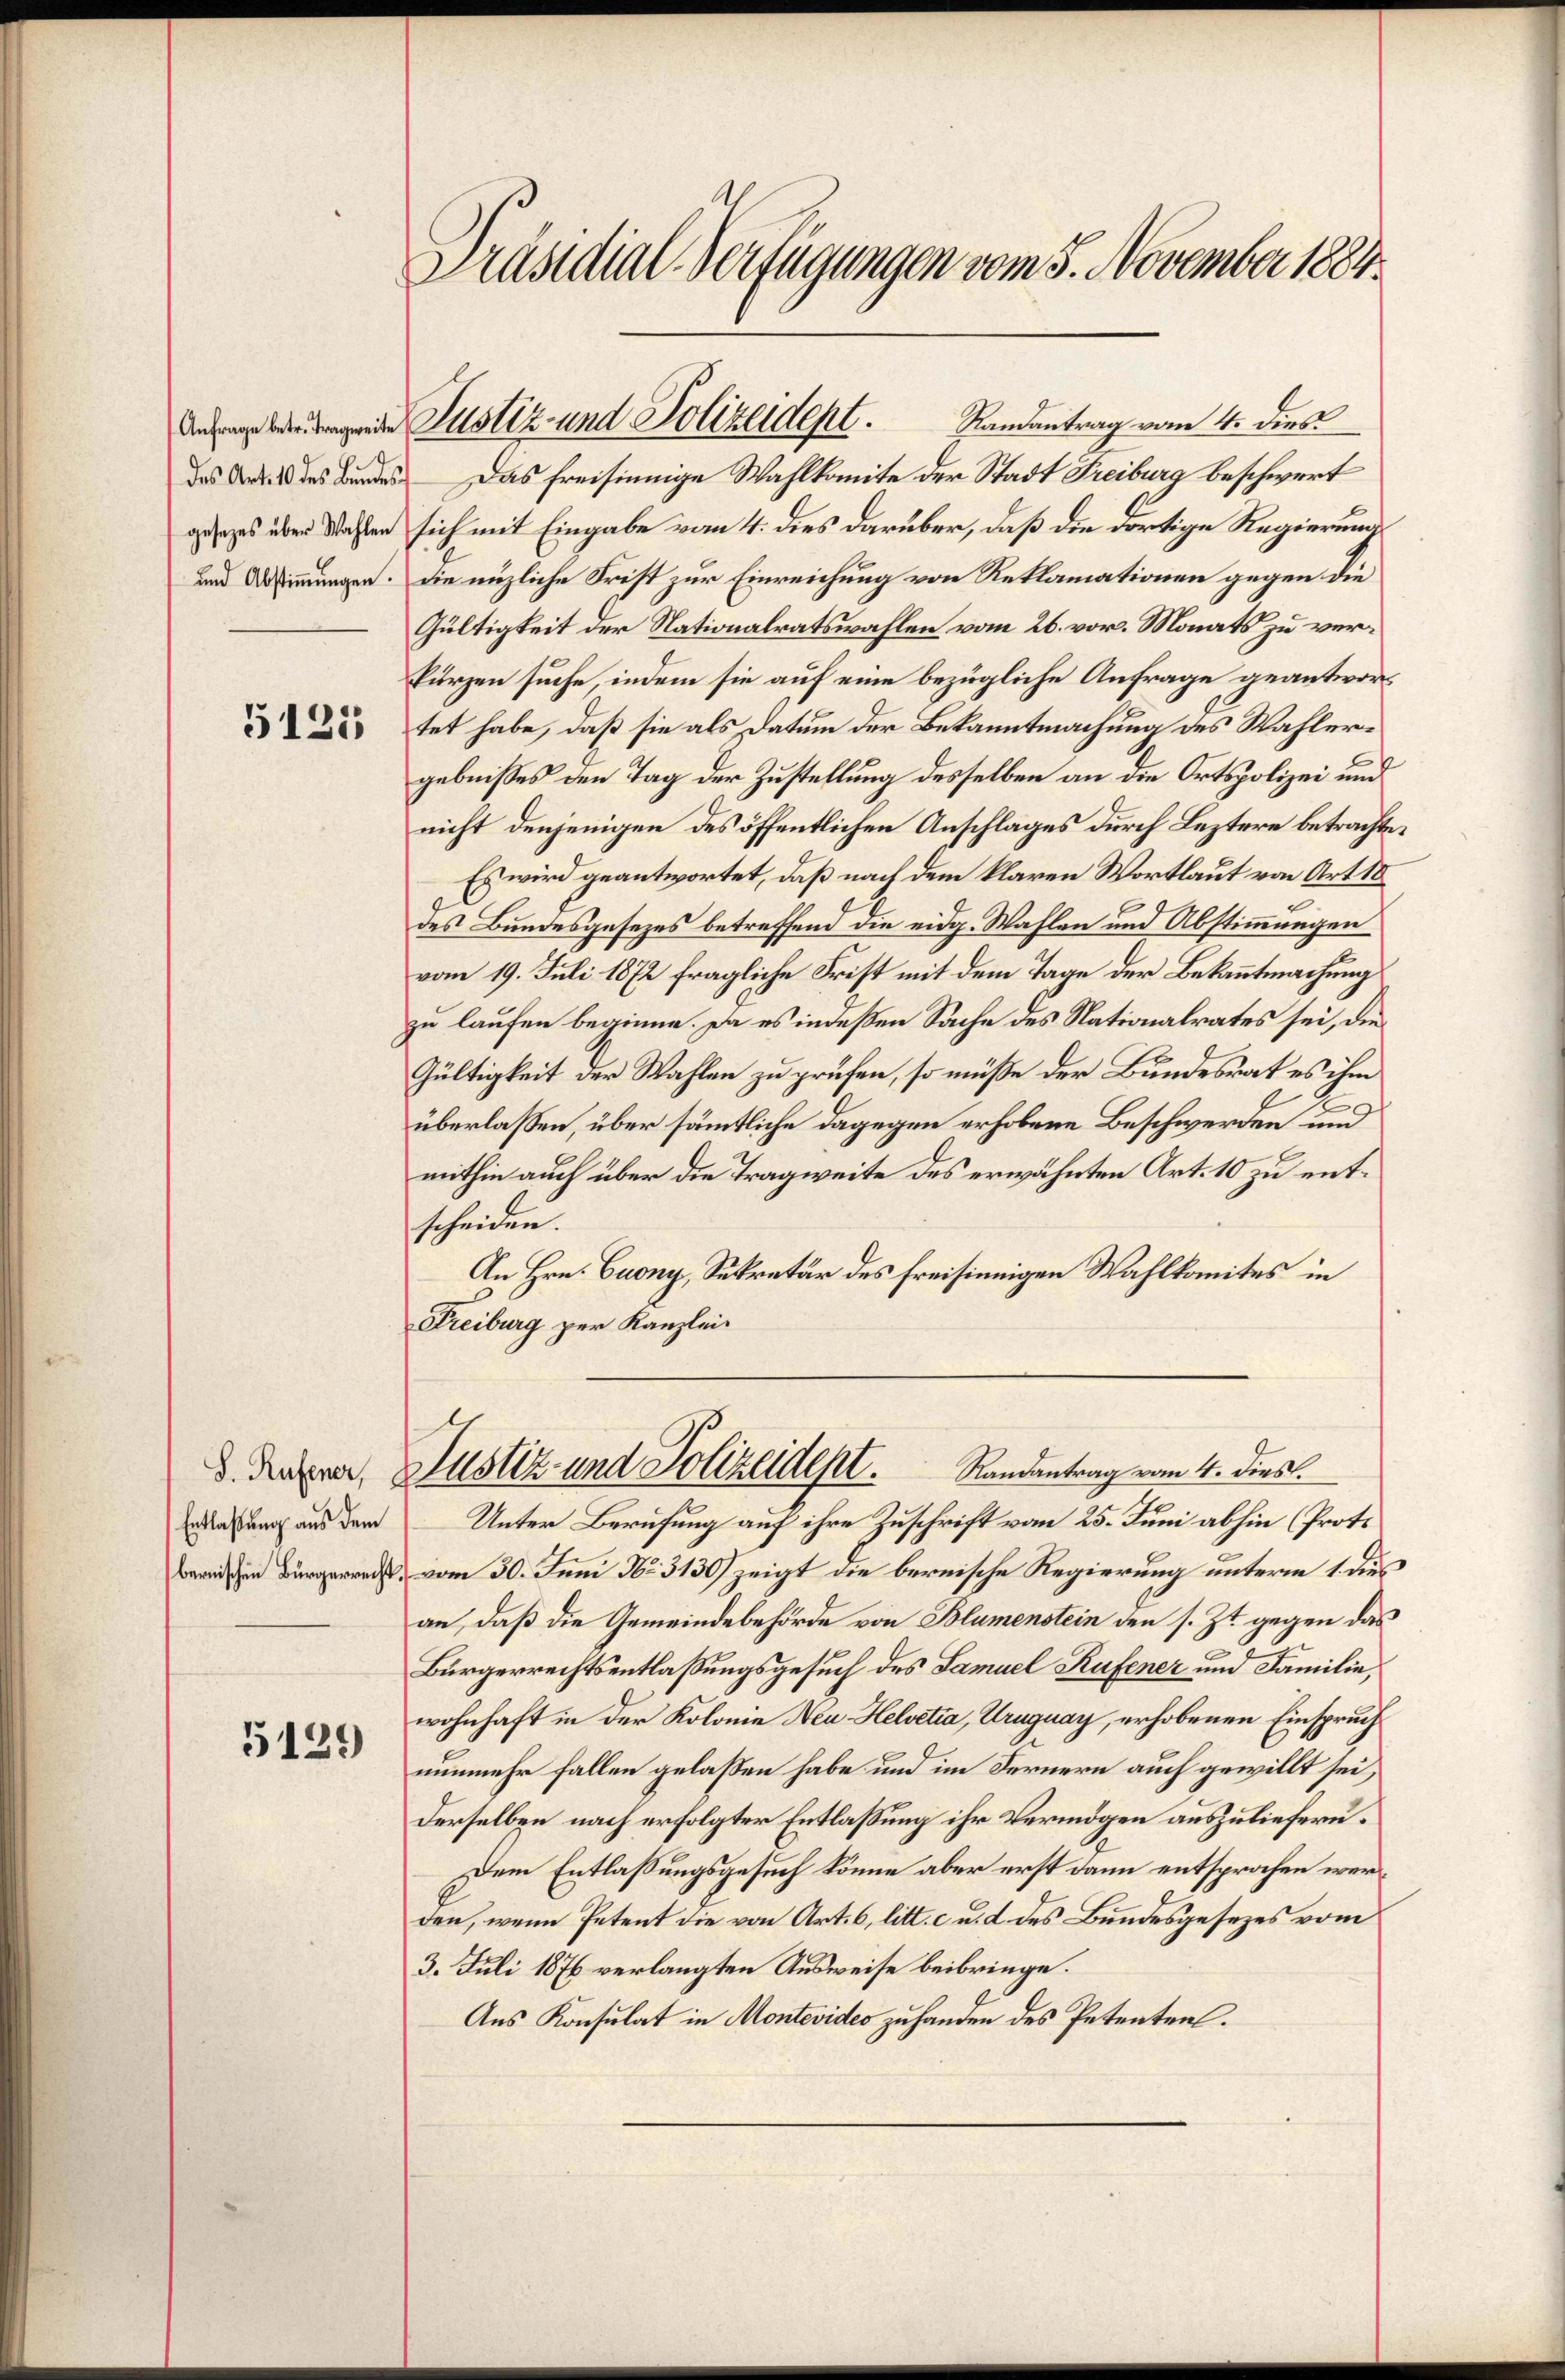
5125

S. Rufener,
Entlaßung aus dem

5129

Präsidial-Verfügungen vom 5. November 1884.

Randantrag vom 4. dies
des des Bundes Das freisinnige Wahlkomite der Stadt Freiburg beschwert
gesezes über Wassen sich mit Eingabe vom 4. dies darüber, daß die dortige Regierungs
und. Die nüzliche Frist zur Einreichung von Reklamationen gegen die
Gültigkeit der Nationalratswahlen vom 26. vor. Monats zu verkurzen suche, indem sie auf eine bezügliche Anfrage geantwortet habe, daß sie als Datum der Bekanntmachung des Wahlergebnisses den Tag der Zustellung desselben an die Ortspolizei und
nicht denjenigen des öffentlichen Anschlages durch Leztere betrachten
Es wird geantwortet, daß nach dem klaren Wortlaut von Art 18
des Bundesgesezes betreffend die eidg. Wahlen und Abstimmungen
vom 19. Juli 1872 fragliche Frist mit dem Tage der Bekanntmachung
zu laufen beginne. Da es indeßen Sache des Nationalrates sei, die¬
Gültigkeit der Wahlen zu prüfen, so müße der Bundesrat es ihm
überlassen, über sämmtliche dagegen erhobene Beschwerden und
mithin auch über die Tragweite des erwähnten Art. 10 zu entscheiden.
An Hrn. Cuony, Sekretär des freisinnigen Wahlkomites in
Freiburg zur Kanzlei-

Anfangebeutungende Justiz- und Polizeident.

Justiz und Polizeidept. Randantrag vom 4. Dies

Unter Berufung auf ihre Zuschrift vom 25. Juni abhin (Proto
dchen Bürger vom 30. Juni No 3130) zeigt die bernische Regierung unterm 1. dies
an, daß die Gemeindebehörde von Blumenstein den s. Zt. gegen das
Bürgerrechtsentlaßungsgesuch des Samuel Rufener und Familie,
wohnhaft in der Kolonie Neu Helvetia, Uruguay, erhobenen Einspruch
nunmehr fallen gelaßen habe und im Fernern auch gewillt sei,
Derselben nach erfolgter Entlassung ihr Vermögen auszuliefern¬
Dem Entlaßungsgesuch könne aber erst dann entsprochen werden, wenn Petent die von Art. 6, litt. c u. 2 des Bundesgesezes vom
3. Juli 1876 verlangten Ausweise beibringe.
Aus Konsulat in Montevideo zuhanden des Petenten.